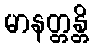
မာနတ္တန္တိ